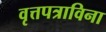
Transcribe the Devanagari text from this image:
वृत्तपत्राविना